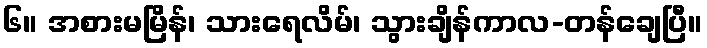
၆။ အစားမမြိန်၊ သားရေလိမ်၊ သွားချိန်ကာလ-တန်ချေပြီ။